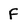
Character: F